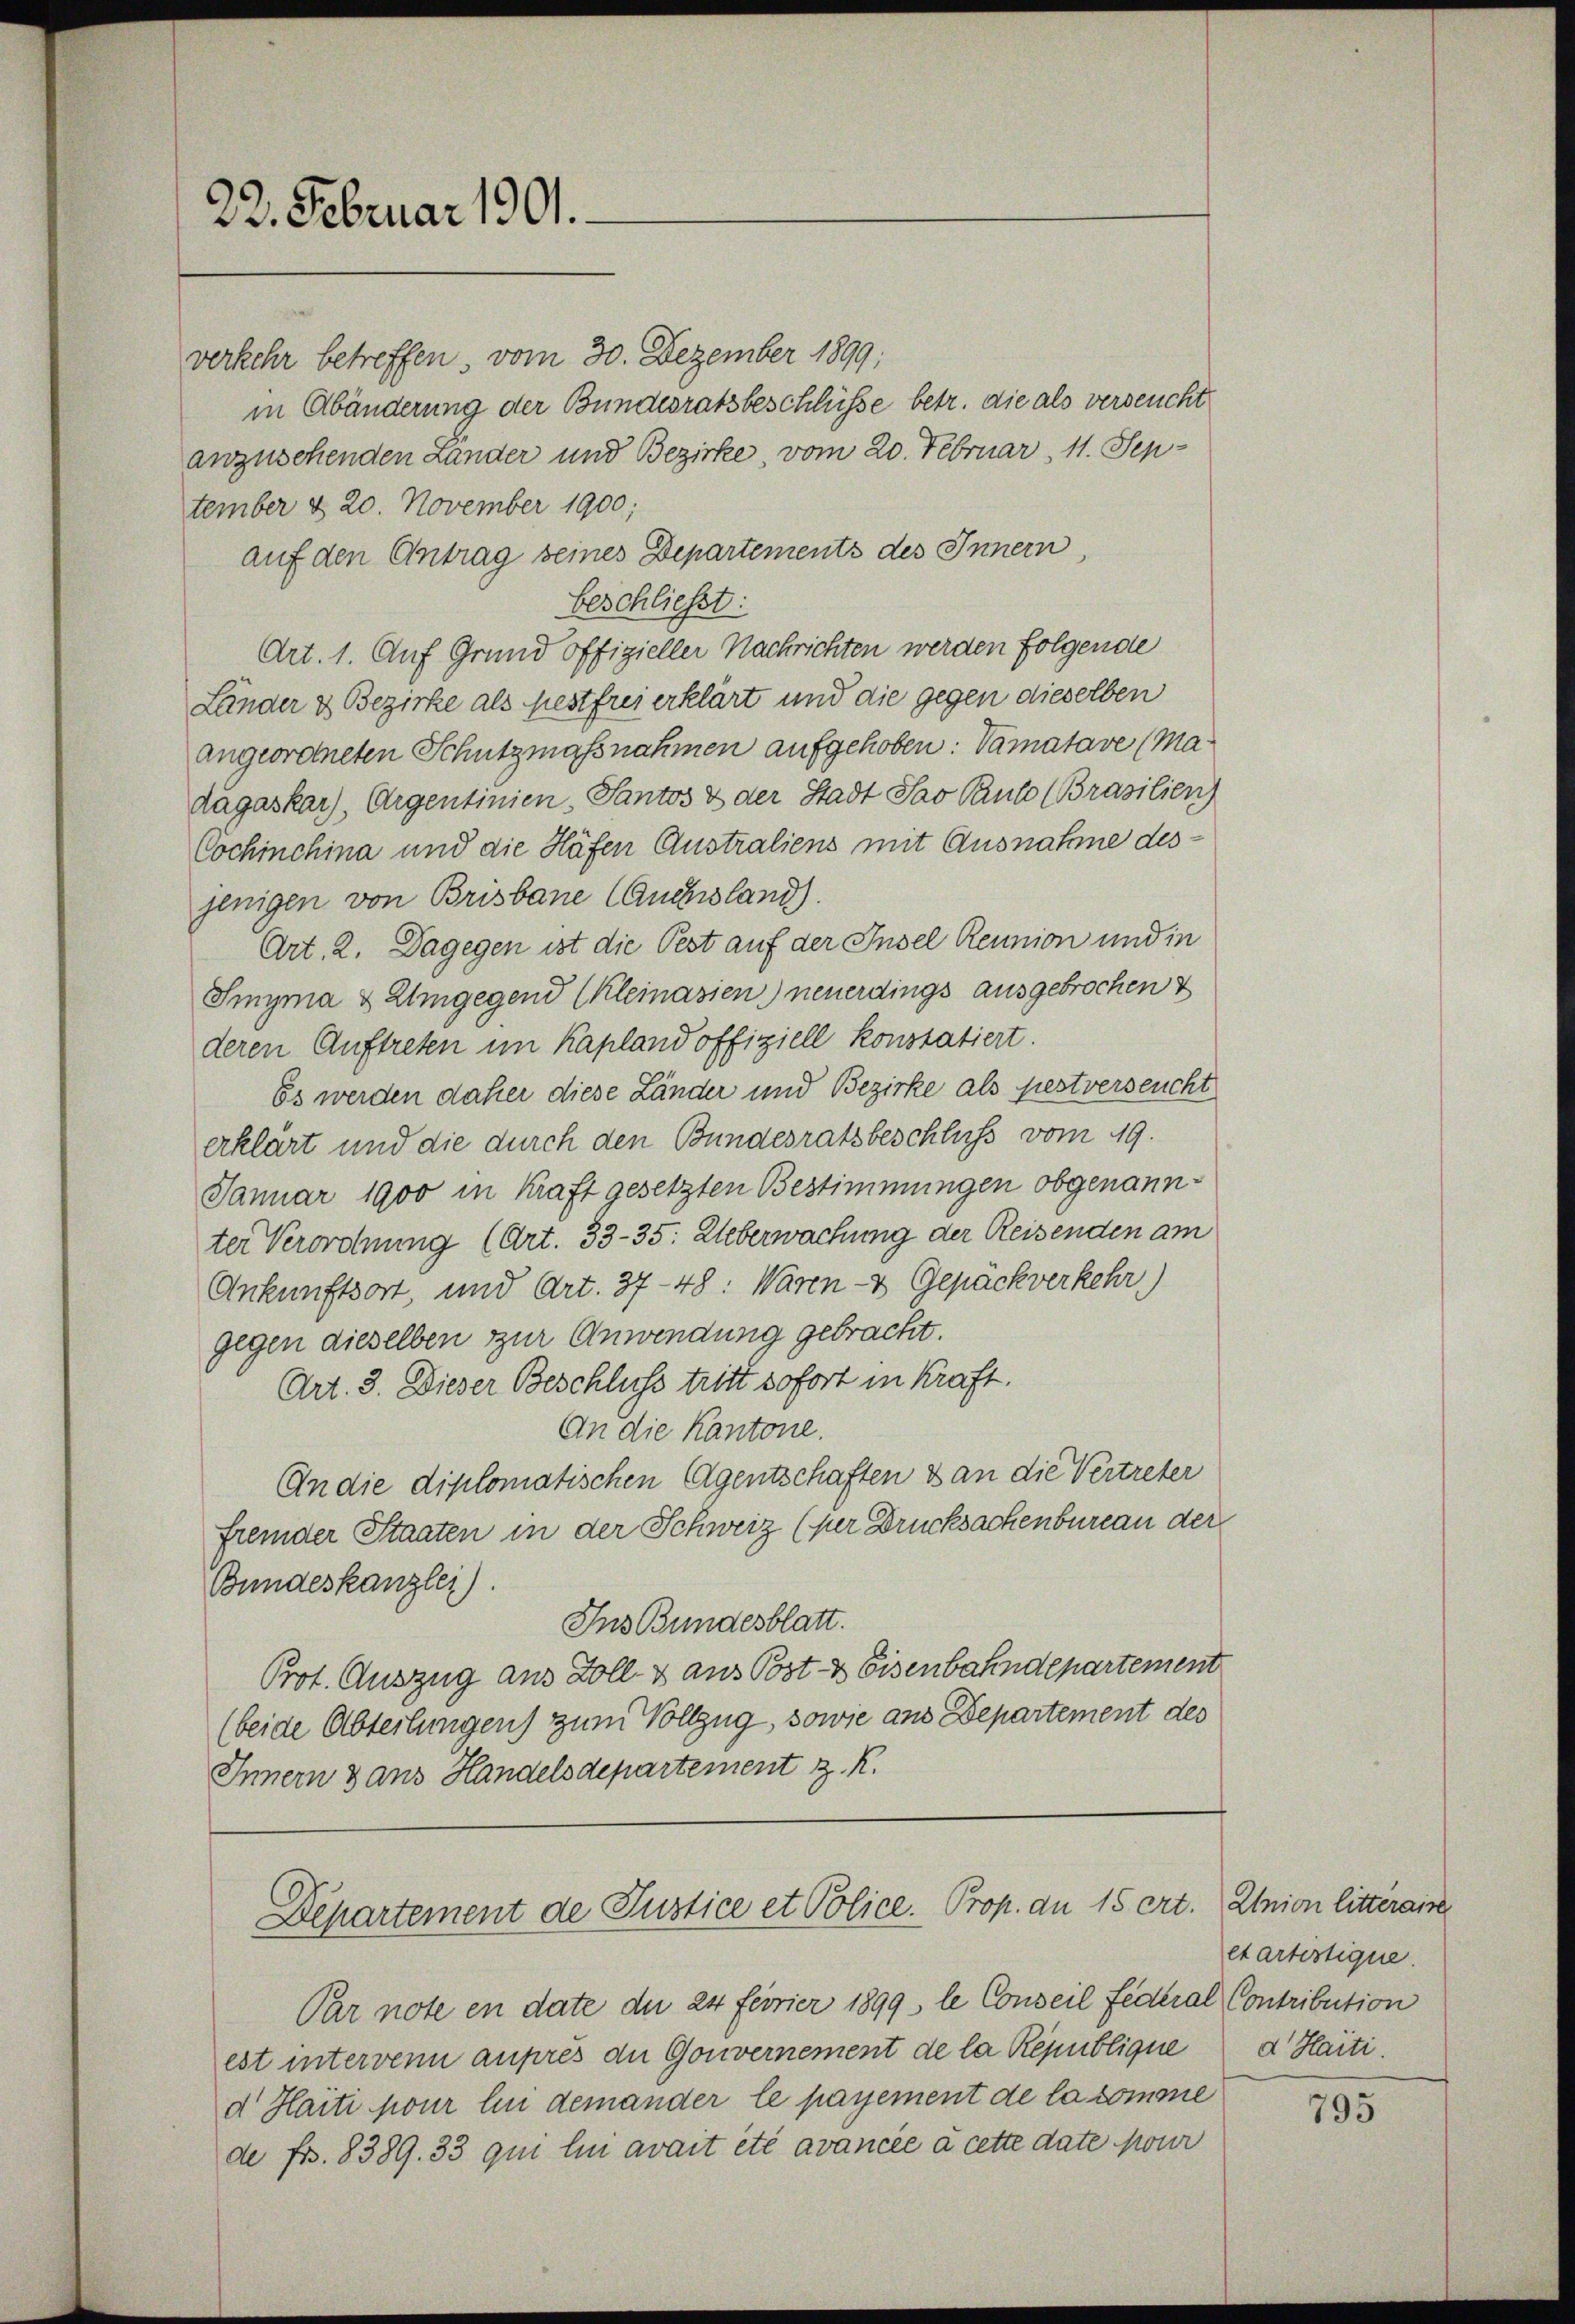
22. Februar 1901.

verkehr betreffen, vom 30. Dezember 1899;
in Abänderung der Bundesratsbeschlüsse betr. die als verseucht
anzusehenden Lander und Bezirke, vom 20. Februar, 11. September d. 20. November 1900;
auf den Antrag seines Departements des Innern,
beschließt:
Art. 1. Auf Grund offizieller Nachrichten werden folgende
Länder & Bezirke als festfrei erklärt und die gegen dieselben
angeordneten Schutzmaßnahmen aufgehoben: Vamatave (Madagaskar), Argentinien, Pantos & der Stadt Sav Paul (Brasilien)
Cochinchina und die Häfen Australiens mit Ausnahme desjenigen von Brisbaue Auchsland).
Art. 2. Dagegen ist die Pest auf der Insel Reunion und in
Smyma & Umgegend (Kleinasien) neuerdings ausgebrochen &
deren Auftreten im Kapland offiziell konstatiert.
Es werden daher diese Länder und Bezirke als festverseucht
erklärt und die durch den Bundesratsbeschluss vom 19.
Januar 1900 in Kraft gesetzten Bestimmungen obgenannter Verordnung (Art. 33-35: Ueberwachung der Reisenden am
Ankunftsort, und Art. 37-48: Waren- & Gepäckverkehr)
gegen dieselben zur Anwendung gebracht.
Art. 3. Dieser Beschluss tritt sofort in Kraft.
An die Kantone.
An die diplomatischen Agentschaften & an die Vertreter
fremder Staaten in der Schweiz (per Drucksachenbureau der
Bundeskanzlei).
Ins Bundesblatt.
Prot. Auszug aus Zoll & aus Post- & Eisenbahndepartement
(beide Abteilungen) zum Vollzug, sowie aus Departement des
Innern dans Handelsdepartement z. R.

Departement de Justice et Police. Prop. an 15 crt.

Par note en date de 24 feorier 1899 le Conseil Federal Contribution
est intervenn auprès die Gouvernement de la République
d Haiti pour lui demander le payement de la comme
de fr. 8389. 33 qui lui avait été avancée à cette date pour

Union litteraire
et artistique.
d. Haiti

795